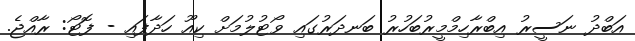
އަބްދު ނަސީރު އިބްރާހިމްމީރުބަހުރު ބަނދަރުގައި ވޯޓުލުމަށް ކިއޫ ހަދާފައި - ފޮޓޯ: ރާއްޖެ.